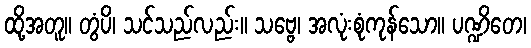
ထို့အတူ။ တွံပိ၊ သင်သည်လည်း။ သဗ္ဗေ၊ အလုံးစုံကုန်သော။ ပဏ္ဍိတေ၊